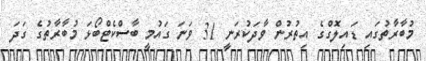
މުބާރާތުގައި ޑައިލޮގްގެ އިތުރުން ވާދަކުރަނީ 31 ވަނަ ގައުމީ ބާސްކެޓްބޯޅަ މުބާރާތުގެ ގަދަ